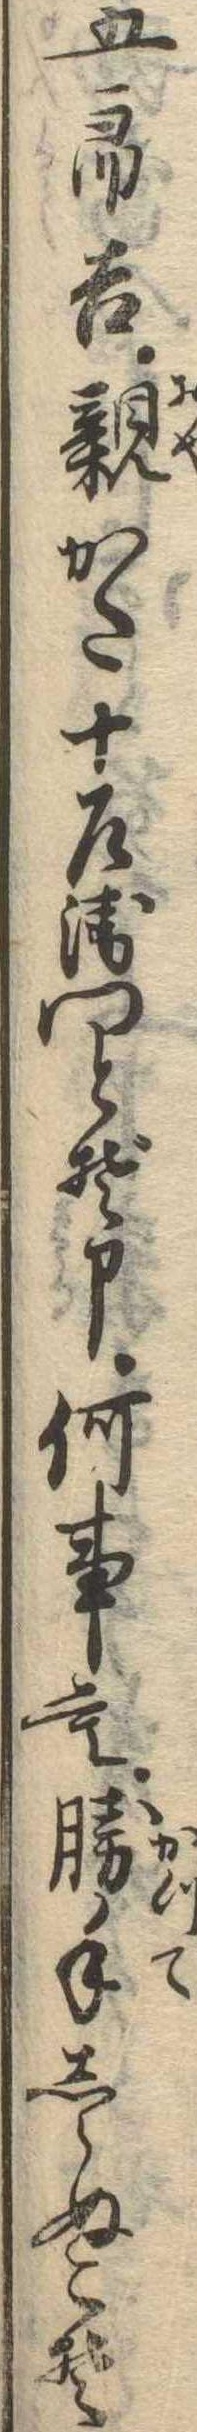
五郎吉親かた十左衛門とぞ申何事も勝手しらぬこそ